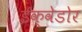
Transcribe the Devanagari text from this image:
ईक्वेडोर